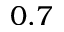
0 . 7